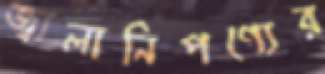
জ্বালানিপণ্যের